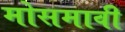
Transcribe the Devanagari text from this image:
मोसमावी